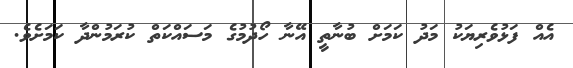
އެއް ފަޅުވެރިޔަކު މަދު ކަމަށް ބުނާތީ އޭނާ ހޯދުމުގެ މަސައްކަތް ކުރަމުންދާ ކަމަށެވެ.